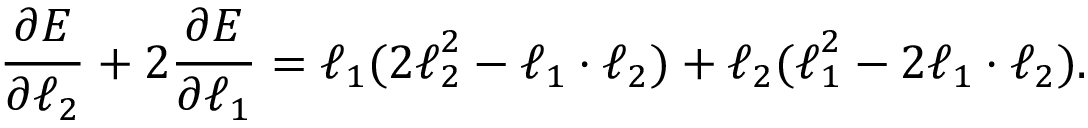
\frac { \partial E } { \partial { \boldsymbol { \ell } _ { 2 } } } + 2 \frac { \partial E } { \partial { \boldsymbol { \ell } _ { 1 } } } = \boldsymbol { \ell } _ { 1 } ( 2 \boldsymbol { \ell } _ { 2 } ^ { 2 } - \boldsymbol { \ell } _ { 1 } \cdot \boldsymbol { \ell } _ { 2 } ) + \boldsymbol { \ell } _ { 2 } ( \boldsymbol { \ell } _ { 1 } ^ { 2 } - 2 \boldsymbol { \ell } _ { 1 } \cdot \boldsymbol { \ell } _ { 2 } ) .